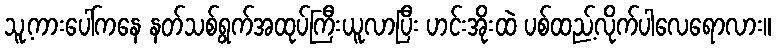
သူ့ကားပေါ်ကနေ နတ်သစ်ရွက်အထုပ်ကြီးယူလာပြီး ဟင်းအိုးထဲ ပစ်ထည့်လိုက်ပါလေရောလား။